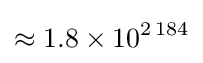
\approx 1.8\times 10^{2\,184}